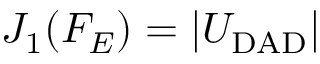
J _ { 1 } ( F _ { E } ) = | U _ { \mathrm { D A D } } |